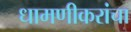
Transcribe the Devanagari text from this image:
धामणीकरांचा